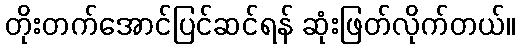
တိုးတက်အောင်ပြင်ဆင်ရန် ဆုံးဖြတ်လိုက်တယ်။